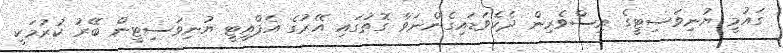
ގައުމީ ޔުނިވަސިޓީގެ އިސްވެރިން ދެކެވަޑައިގެންނަވާ ގޮތުގައި އޭރުގެ އެފްއީޓީ ޔުނިވަސިޓީން ބޭރު ކުރުމަކީ